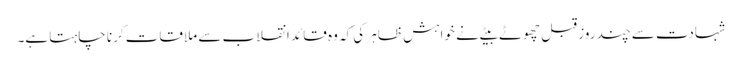
شہادت سے چند روز قبل چھوٹے بیٹے نے خواہش ظاہر کی کہ وہ قائد انقلاب سے ملاقات کرنا چاہتا ہے۔